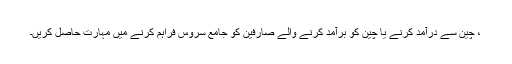
، چین سے درآمد کرنے یا چین کو برآمد کرنے والے صارفین کو جامع سروس فراہم کرنے میں مہارت حاصل کریں۔